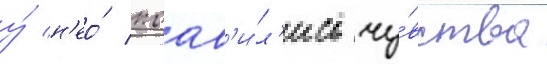
у́ н'ео́ поав'и́л'ись чу́вства